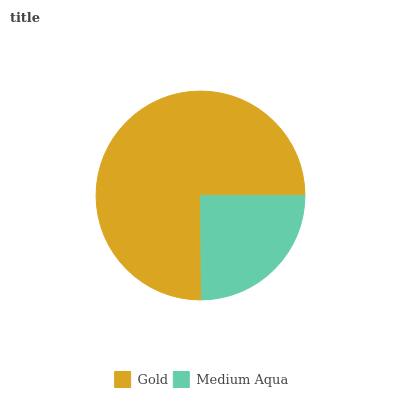
| Gold | Medium Aqua |
 | --- | --- |
 | 75.2% | 24.8% |